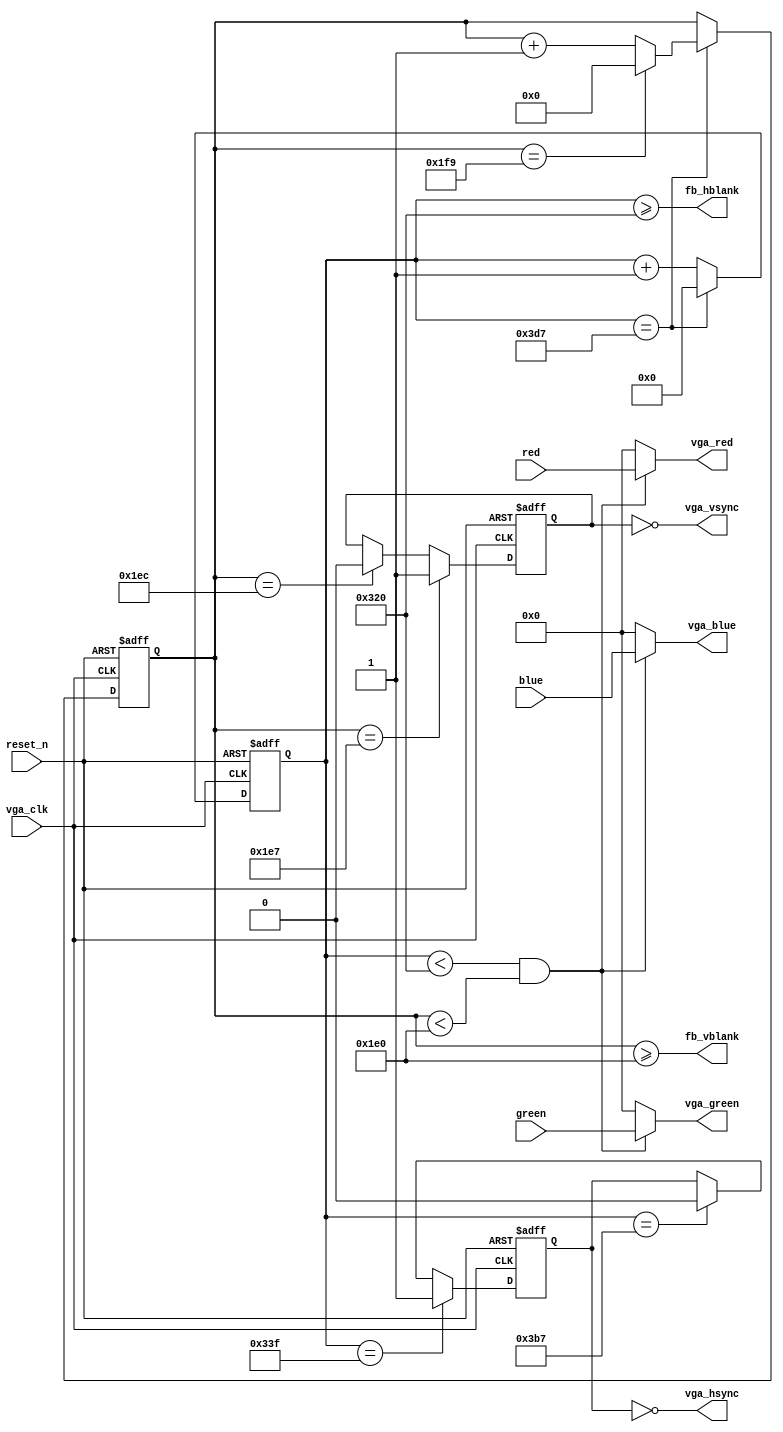
// This VGA renderer is currently configured to display 800x640@65Hz, given a 32.4MHz pixel clock
// These specs are, I think, good to drive the 5" display from Adafruit @ http://www.adafruit.com/products/2110

// Current DAC resistors are:  220+22, 510+22, 1K+68, 1.5K+680, 3.5K+560+100, 6.8K+1.5K+220, 15K+2.2K, 33K+1K+180
// These values require VCCIO bank setting of 3.3V LVTTL; be sure to change the I/O standard for these pins!

// Pin configuration is currently:
// HSYNC - E9 - GPIO_023 - GPIO-0 pin 28 connects to VGA pin 13
// VSYNC - F8 - GPIO_021 - GPIO-0 pin 26 connects to VGA pin 14
// GND - GPIO-0 pin 30 connects to VGA pins 5, 6, 7, 8, and 10.
// RED 0..7  (3.3V LVTTL)
//		D3, C3, A3, B4, B5, A2, B3, A4
//    GPIO_00, GPIO_01, GPIO_03, GPIO_05, GPIO_07, GPIO_02, GPIO_04, GPIO_06
//    GPIO-0 pins 2, 4, 6, 8, 10, 5, 7, 9
// GREEN 0..7  (3.3V LVTTL)
//		D5, A6, D6, C6, E6, B7, A7, C8
//    GPIO_09, GPIO_011, GPIO_013, GPIO_015, GPIO_017, GPIO_012, GPIO_014, GPIO_016
//    GPIO-0 pins 14, 16, 18, 20, 22, 17, 19, 21
// BLUE 0..7  (3.3V LVTTL)
//		D9, E10, B11, D11, B12, C11, A12, D12
//    GPIO_025, GPIO_027, GPIO_029, GPIO_031, GPIO_033, GPIO_028, GPIO_030, GPIO_032
//    GPIO-0 pins 32, 34, 36, 38, 40, 35, 37, 39
//

module vga_renderer
	#(parameter WIDTH = 800,          // Visible horizontal pixels
	            H_FRONT_PORCH = 32,   // hsync timing
					H_SYNC = 120,          // ..
					H_BACK_PORCH = 32,    // ..
					HEIGHT = 480,         // Visible vertical pixels
					V_FRONT_PORCH = 8,   // vsync timing
					V_SYNC = 5,           // ..
					V_BACK_PORCH = 13)    // ..
	(
	 // vga_clk needs to match your monitor and timing specifications
	 input vga_clk,
	 
	 // active low reset
	 input reset_n,
	 
	 // 8 bit color digital inputs
	 input [7:0] red,
	 input [7:0] green,
	 input [7:0] blue,
	 
	 // 8 bit color digital outputs
	 output [7:0] vga_red,
	 output [7:0] vga_green,
	 output [7:0] vga_blue,
	 
	 // vga sync signals
	 output vga_hsync,
	 output vga_vsync,
	 
	 // framebuffer signal - fb_vblank goes high when vsync starts and should be used to setup the frame buffer for the next render pass
	 // and the next pixel should be available every vga_clk when not in blanking (hblank or vblank)
	 // so you have (PIXELS_PER_LINE*(V_BACK_PORCH+V_SYNC+V_FRONT_PORCH)) vga clock cycles to prepare your framebuffer for reading
	 output fb_hblank,
	 output fb_vblank
	);
	
	localparam PIXELS_PER_LINE = WIDTH + H_BACK_PORCH + H_SYNC + H_FRONT_PORCH;
	localparam LINES_PER_FRAME = HEIGHT + V_BACK_PORCH + V_SYNC + V_FRONT_PORCH;
	
	localparam XBITS = $clog2(PIXELS_PER_LINE);
	localparam YBITS = $clog2(LINES_PER_FRAME);
	
	reg [XBITS-1:0] x_pos;
	wire x_max = (x_pos == (PIXELS_PER_LINE - 1));
	
	reg [YBITS-1:0] y_pos;
	wire y_max = (y_pos == (LINES_PER_FRAME - 1));
	
	reg hsync;
	assign vga_hsync = ~hsync;
	
	reg vsync;
	assign vga_vsync = ~vsync;
	
	assign fb_vblank = (y_pos >= HEIGHT);
	assign fb_hblank = (x_pos >= WIDTH);
	
	always @ (posedge vga_clk or negedge reset_n) begin
		if(~reset_n) begin
			x_pos <= 0;
			y_pos <= 0;
			hsync <= 1'b0;
			vsync <= 1'b0;
		end else begin
			if(x_max) begin
				x_pos <= 0;
				if(y_max) begin
					y_pos <= 0;
				end else begin
					y_pos <= y_pos + 1;
				end
			end else begin
				x_pos <= x_pos + 1;
			end
			
			if(x_pos == ((WIDTH + H_FRONT_PORCH) - 1)) hsync <= 1'b1;
			else if(x_pos == ((WIDTH + H_FRONT_PORCH + H_SYNC) - 1)) hsync <= 1'b0;
			
			if(y_pos == ((HEIGHT + V_FRONT_PORCH) - 1)) vsync <= 1'b1;
			else if(y_pos == ((HEIGHT + V_FRONT_PORCH + V_SYNC) - 1)) vsync <= 1'b0;
		end
	end

	assign vga_red = (x_pos < WIDTH && y_pos < HEIGHT) ? red : 8'b0;
	assign vga_green = (x_pos < WIDTH && y_pos < HEIGHT) ? green : 8'b0;
	assign vga_blue = (x_pos < WIDTH && y_pos < HEIGHT) ? blue : 8'b0;
	
endmodule